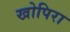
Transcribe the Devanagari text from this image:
खोपिरा